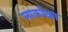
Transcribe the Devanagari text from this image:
लार्काका